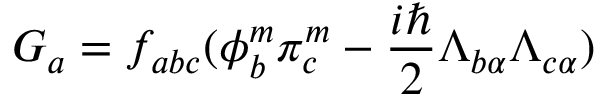
G _ { a } = f _ { a b c } ( \phi _ { b } ^ { m } \pi _ { c } ^ { m } - \frac { i \hbar } { 2 } \Lambda _ { b \alpha } \Lambda _ { c \alpha } )